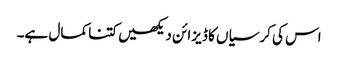
اس کی کرسیاں کا ڈیزائن دیکھیں کتنا کمال ہے۔